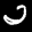
Label: 2